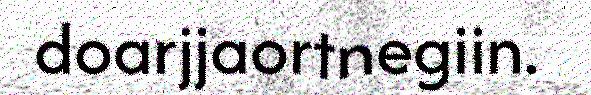
doarjjaortnegiin.